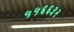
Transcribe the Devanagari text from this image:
५५६६३२